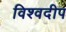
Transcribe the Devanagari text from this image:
विश्वदीप